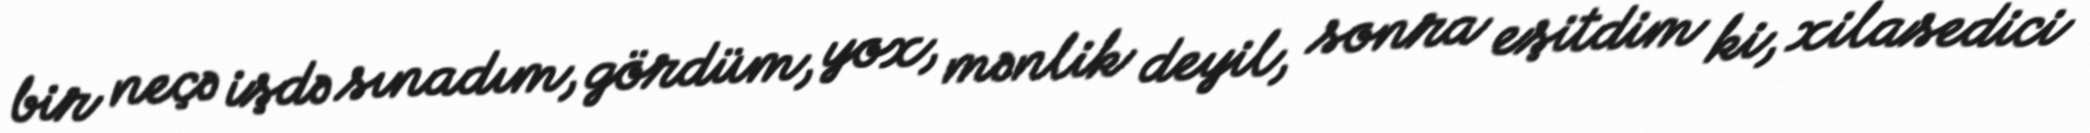
bir neçə işdə sınadım, gördüm, yox, mənlik deyil, sonra eşitdim ki, xilasedici